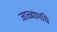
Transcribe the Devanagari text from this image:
जाळ्यामधि